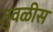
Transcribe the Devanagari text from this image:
तुवळीस